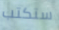
ستكتب